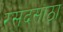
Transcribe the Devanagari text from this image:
रसदसाठा